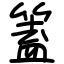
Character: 篕